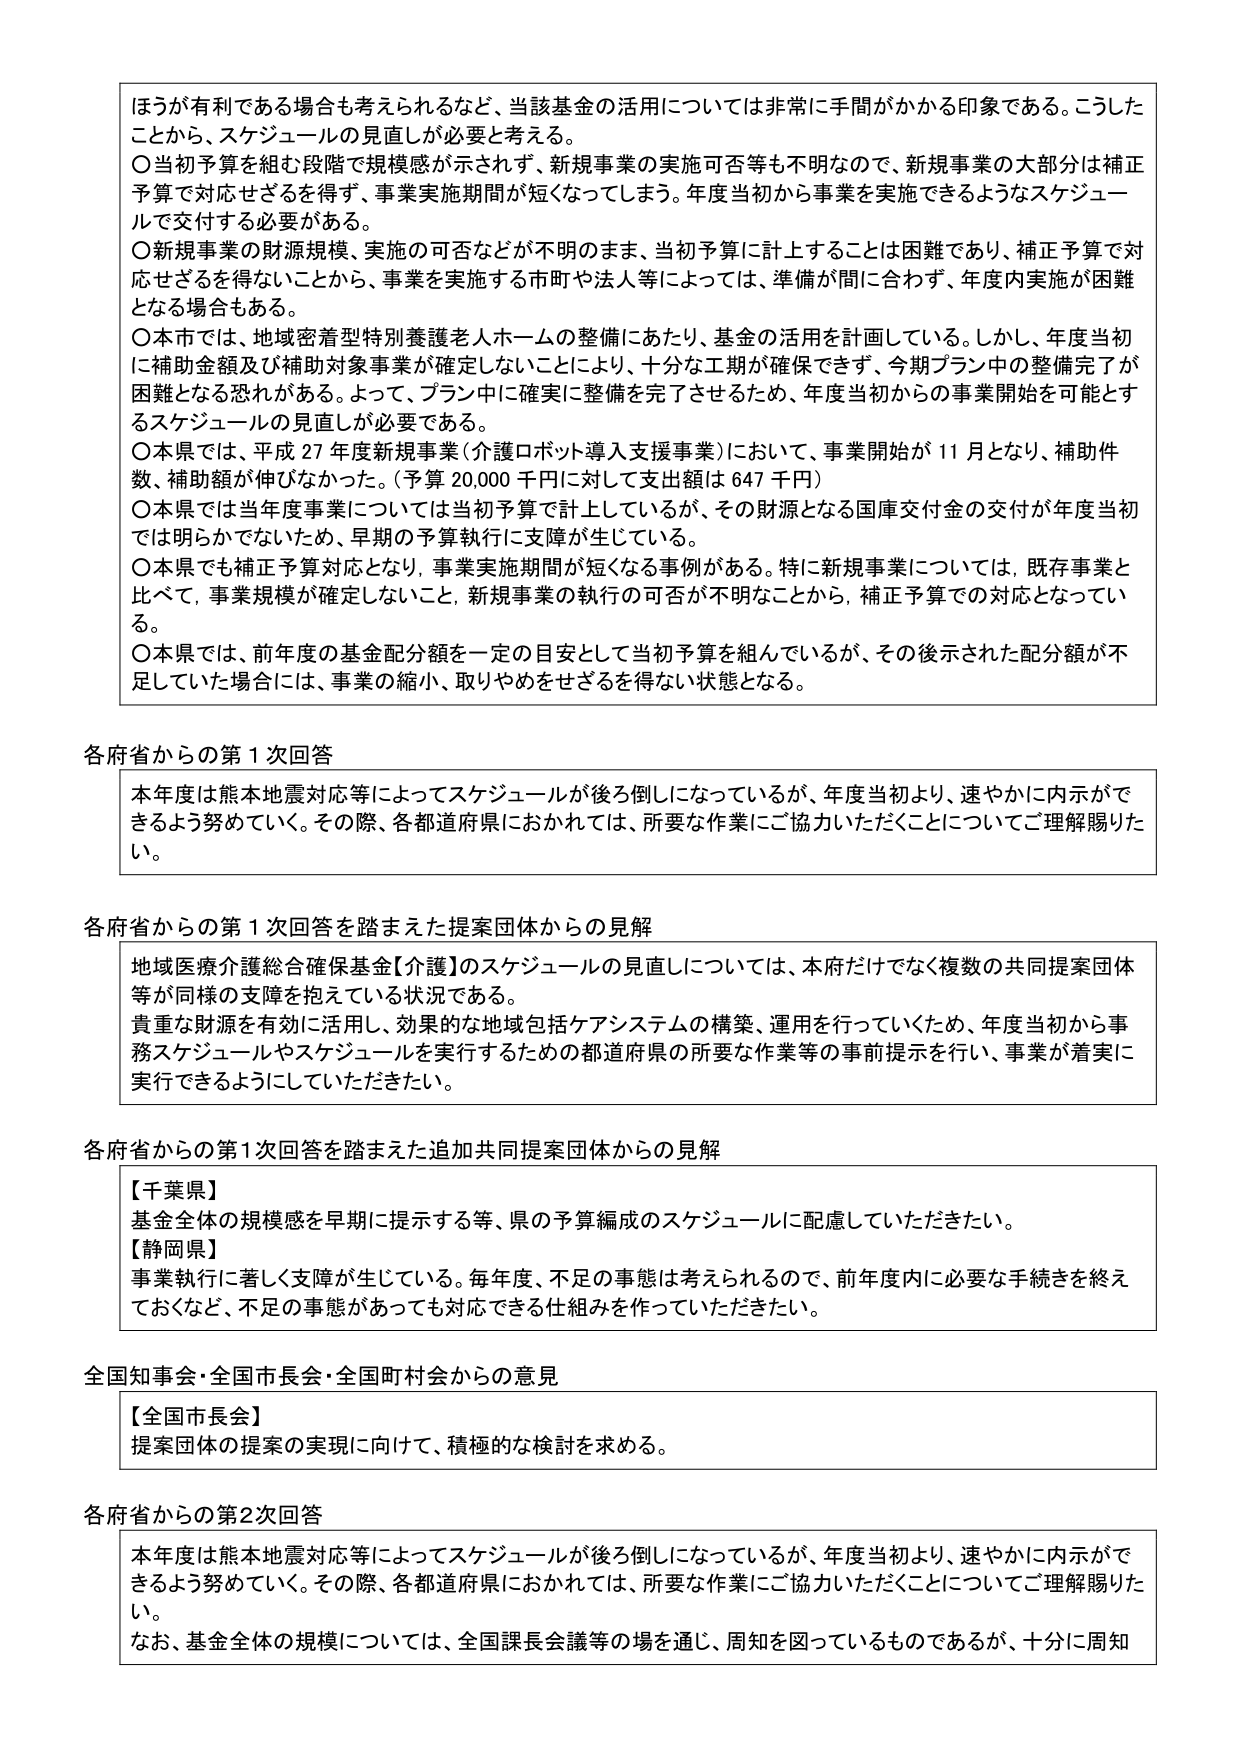
ほうが有利である場合も考えられるなど、当該基金の活用については非常に手間がかかる印象である。こうしたことから、スケジュールの見直しが必要と考える。

〇当初予算を組む段階で規模感が示されず、新規事業の実施可否等も不明なので、新規事業の大部分は補正予算で対応せざるを得ず、事業実施期間が短くなってしまう。年度当初から事業を実施できるようなスケジュールを交付する必要がある。

〇新規事業の財源規模、実施の可否などが不明のまま、当初予算に計上することは困難であり、補正予算で対応せざるを得ないことから、事業を実施する市町や法人等によっては、準備が間に合わず、年度内実施が困難となる場合もある。

〇本市では、地域密着型特別養護老人ホームの整備にあたり、基金の活用を計画している。しかし、年度当初に補助金額及び補助対象事業が確定しないことにより、十分な工期が確保できず、今期プラン中の整備完了が困難となる恐れがある。よって、プラン中に確実に整備を完了させるため、年度当初からの事業開始を可能とするスケジュールの見直しが必要である。

〇本県では、平成27年度新規事業（介護ロボット導入支援事業）において、事業開始が11月となり、補助件数、補助額が伸びなかった。（予算20,000千円に対して支出額は647千円）

〇本県では当年度事業については当初予算で計上しているが、その財源となる国庫交付金の交付が年度当初では明らかでないため、早期の予算執行に支障が生じている。

〇本県でも補正予算対応となり、事業実施期間が短くなる事例がある。特に新規事業については、既存事業と比べて、事業規模が確定しないこと、新規事業の執行の可否が不明なことから、補正予算での対応となっている。

〇本県では、前年度の基金配分額を一定の目安として当初予算を組んでいるが、その後示された配分額が不足していた場合には、事業の縮小、取りやめをせざるを得ない状態となる。

各府省からの第1次回答

本年度は熊本地震対応等によってスケジュールが後ろ倒しになっているが、年度当初より、速やかに内示ができるよう努めていく。その際、各都道府県におかれましては、所要な作業にご協力いただくことについてご理解賜りたい。

各府省からの第1次回答を踏まえた提案団体からの見解

地域医療介護総合確保基金【介護】のスケジュールの見直しについては、本府だけでなく複数の共同提案団体等が同様の支障を抱えている状況である。

貴重な財源を有効に活用し、効果的な地域包括ケアシステムの構築、運用を行っていくため、年度当初から事務スケジュールやスケジュールを実行するための都道府県の所要な作業等の事前提示を行い、事業が着実に実行できるようにしていただきたい。

各府省からの第1次回答を踏まえた追加共同提案団体からの見解

【千葉県】
基金全体の規模感を早期に提示する等、県の予算編成のスケジュールに配慮していただきたい。

【静岡県】
事業執行に著しく支障が生じている。毎年度、不足の事態は考えられるので、前年度内に必要な手続きを終えておくなど、不足の事態があっても対応できる仕組みを作っていただきたい。

全国知事会・全国市長会・全国町村会からの意見

【全国市長会】
提案団体の提案の実現に向けて、積極的な検討を求める。

各府省からの第2次回答

本年度は熊本地震対応等によってスケジュールが後ろ倒しになっているが、年度当初より、速やかに内示ができるよう努めていく。その際、各都道府県におかれましては、所要な作業にご協力いただくことについてご理解賜りたい。

なお、基金全体の規模については、全国課長会議等の場を通じ、周知を図っているものであるが、十分に周知